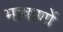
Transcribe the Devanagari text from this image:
भाषाणों